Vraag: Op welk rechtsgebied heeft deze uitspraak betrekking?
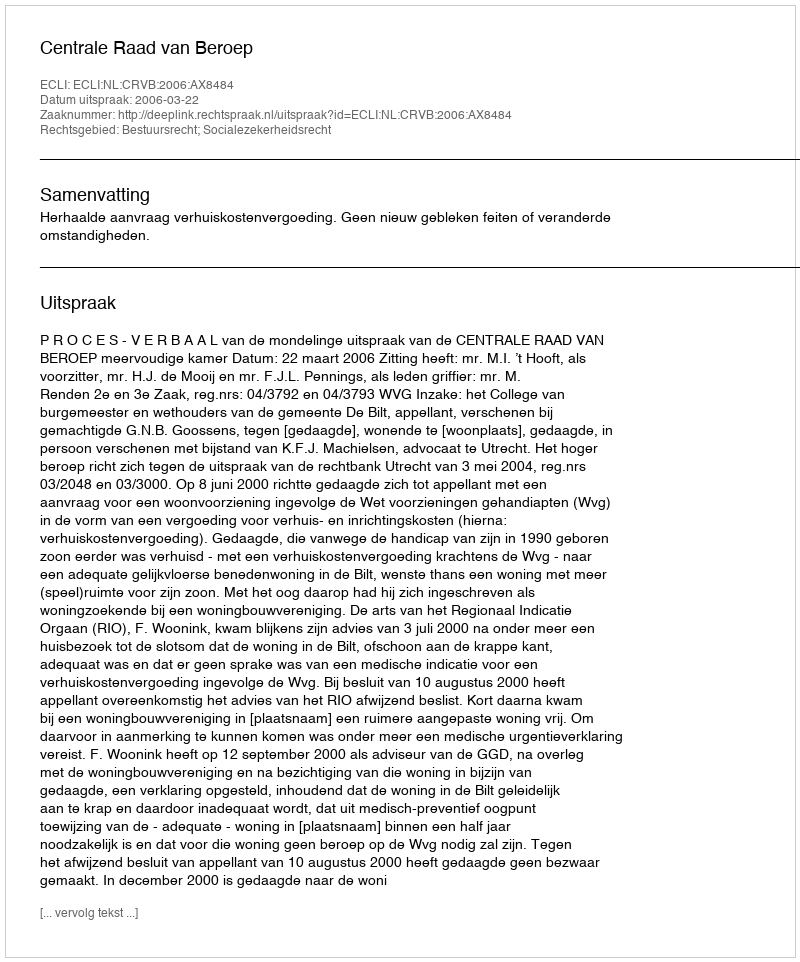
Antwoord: Bestuursrecht; Socialezekerheidsrecht